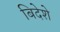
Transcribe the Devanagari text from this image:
बिदेशे